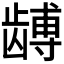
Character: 𬺏